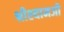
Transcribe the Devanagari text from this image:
श्रीश्यामजी